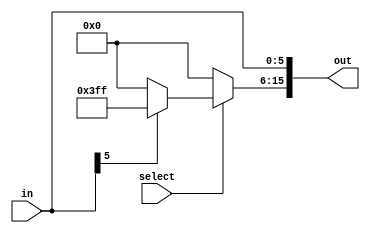
module ext01( in, out, select);
	input [5:0] in;
	output [15:0] out;
	input select;
	assign out[5:0]= in;
	assign out[15:6]= select? ((in[5]==0) ? 10'b0 : 10'b1111111111) : 10'b0;
endmodule